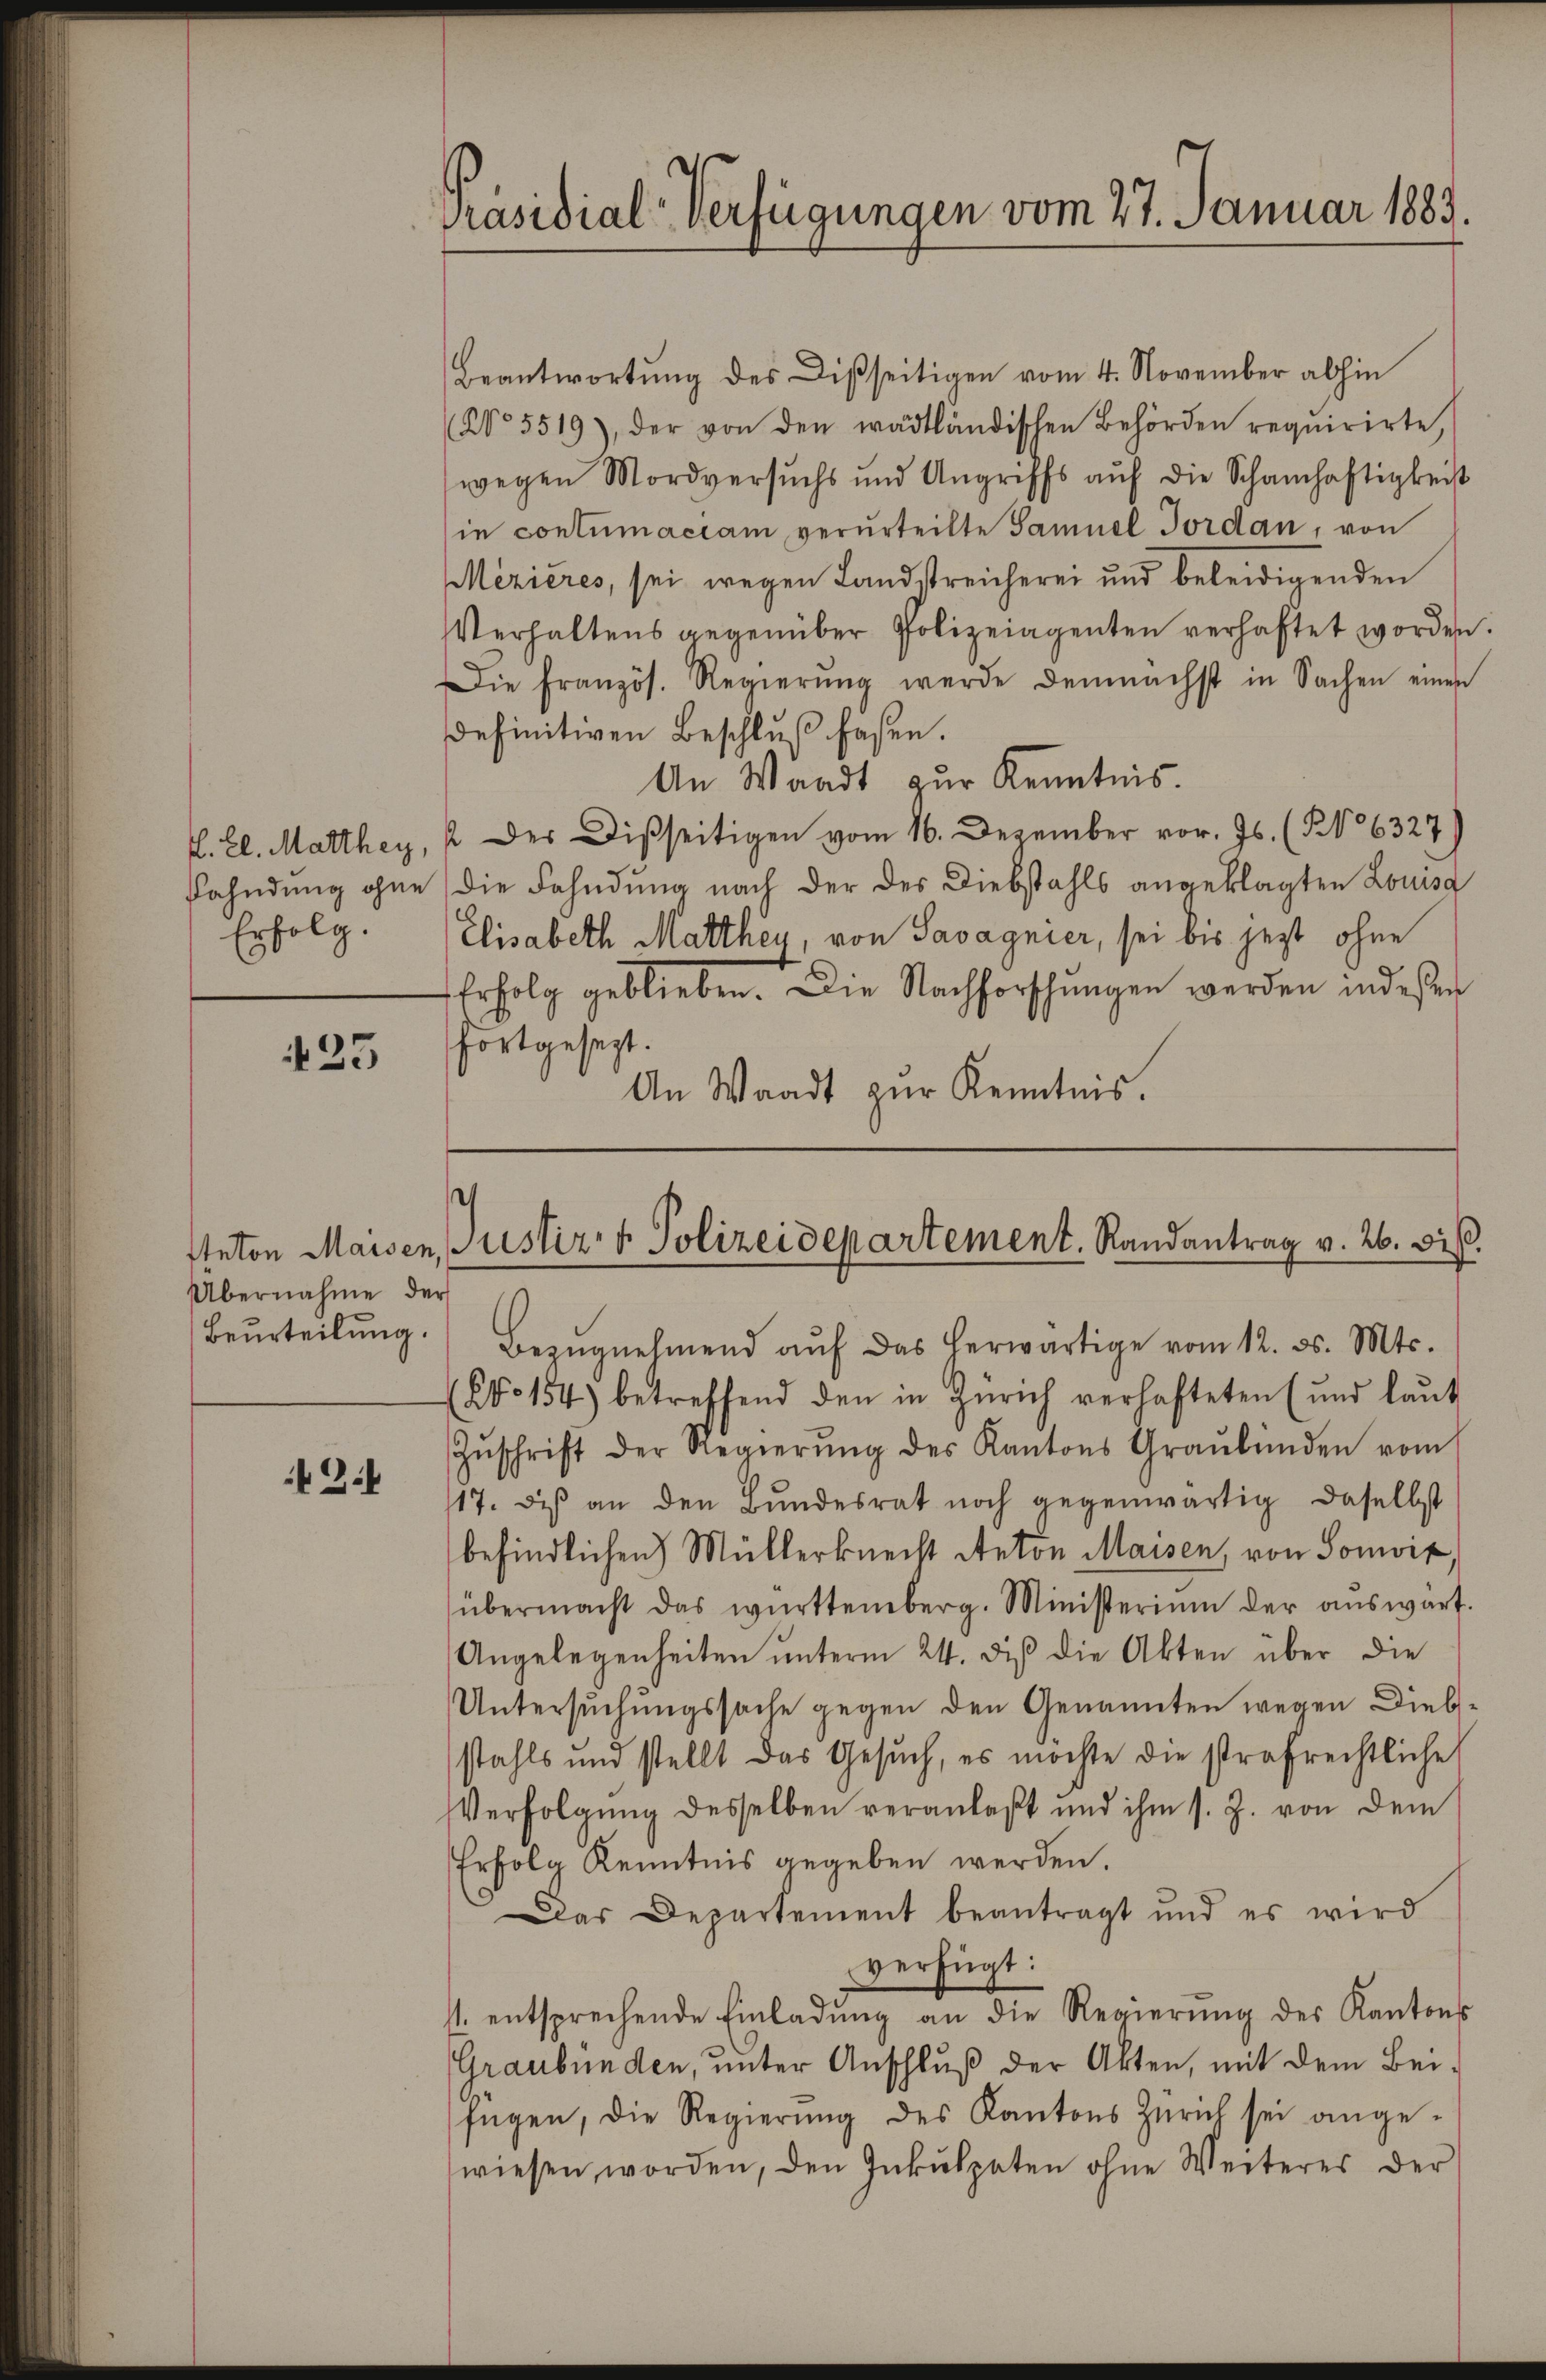
Erfolg.

25

Übernahme der
Beurteilung.

Zi

Präsidial-Verfügungen vom 27. Januar 1883.

Beantwortung des Disseitigen vom 4. November abhin
(No 5519), der von den wädtländischen Behörden requirirte,
wegen Mordversuchs und Angriffs aŭf die Schamhaftigkeit
in contumaciam verurteilte Samuel Jordan, von
Mezieres, sei wegen Landstreicherei und beleidigenden
Verhaltens gegenüber Polizeiagenten verhaftet worden.
Die Französ. Regierŭng werde demnächst in Sachen einen
definitiven Beschluß faßen.
An Waadt zur Kenntnis.
f. El. Marthey, u. des Disseitigen vom 16. Dezember vor. Js. (§ 6327)
Fahndung ohne die Fahndung nach der des Diebstahls angeklagten Louisa
Elisabeth Marthen, von Savagnier, sei bis jetzt ohne
Erfolg geblieben. Die Nachforschungen werden indeßen
fortgesezt.
An Waadt zur Kenntnis.

.

Iteton Maisen, Justiz- & Polizeidepartement. Randantrag v. 26. diβ.
Bezŭgnehmend aŭf das herwärtige vom 12. ds. Mts.

(No 154) betreffend den in Zürich verhafteten (und laut
Zŭschrift der Regierŭng des Kantons Graubünden vom
17. di an den Bŭndesrat noch gegenwärtig daselbst
befindlichen Müllerknecht Anton Maisen, von Sonwiz,
übermacht das württemberg. Ministerium der auswart.
Angelegenheiten unterm 24. di die Akten über die
Untersuchungssache gegen den Genannten wegen Diebsstahls und stellt das Gesŭch, es möchte die strafrechtliche
Verfolgung desselben veranlaßt und ihm s. Z. von dem
Erfolg Kenntnis gegeben werden.
Das Departement beantragt und es wird
verfügt:
4. entsprechende Einladŭng an die Regierŭng des Kantons
Graubünden, unter Anschluß der Akten, mit dem Beifügen, die Regierŭng des Kantons Zürich sei ange-
wiesen worden, den Inkulpaten ohne Weiteres der